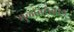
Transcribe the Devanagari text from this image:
मुळांबरोबरच